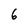
Character: 6